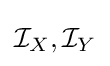
{\mathcal {I}}_{X},{\mathcal {I}}_{Y}